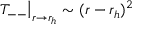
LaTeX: \left. T _ { -- } \right| _ { r \rightarrow r _ { h } } \sim ( r - r _ { h } ) ^ { 2 }